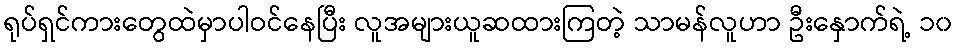
ရုပ်ရှင်ကားတွေထဲမှာပါဝင်နေပြီး လူအများယူဆထားကြတဲ့ သာမန်လူဟာ ဦးနှောက်ရဲ့ ၁၀